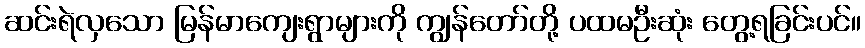
ဆင်းရဲလှသော မြန်မာကျေးရွာများကို ကျွန်တော်တို့ ပထမဦးဆုံး တွေ့ရခြင်းပင်။